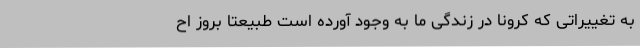
به تغییراتی که کرونا در زندگی ما به وجود آورده است طبیعتا بروز اح